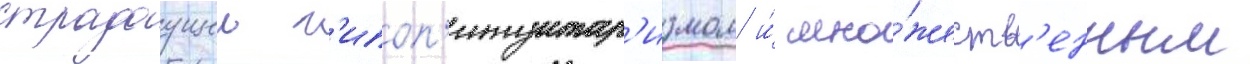
страдаущеи г'ипоп'итуитар'измом и́ мно́жеств'енным